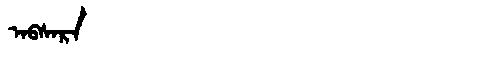
Manchu: ᠠᠪᠰᠠᡵᠠ
Romanization: ABSARA